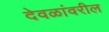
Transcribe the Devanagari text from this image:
देवळांवरील